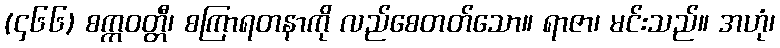
(၄၆၆) စက္ကဝတ္တီ၊ စကြာရတနာကို လည်စေတတ်သော။ ရာဇာ၊ မင်းသည်။ အဟုံ၊